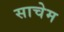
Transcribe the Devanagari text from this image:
साचेम